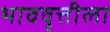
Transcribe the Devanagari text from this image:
भाववृत्तीला